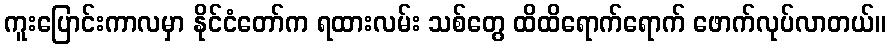
ကူးပြောင်းကာလမှာ နိုင်ငံတော်က ရထားလမ်း သစ်တွေ ထိထိရောက်ရောက် ဖောက်လုပ်လာတယ်။